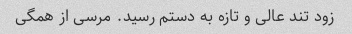
زود تند عالی و تازه به دستم رسید. مرسی از همگی